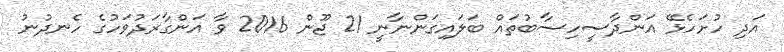
އަދި ހުށަހެޅޭ އަންދާސީހިސާބުތައް ބަލައިގަންނާނީ 21 ޖޫން 2016 ވާ އަންގާރަދުވަހުގެ ހެނދުނު